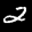
Label: 2